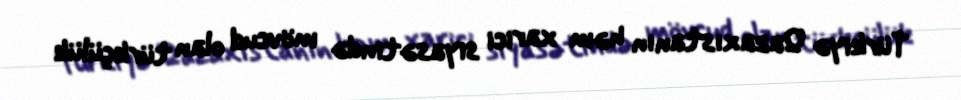
Türkiyə Qazaxıstanın həm xarici siyasətində mövcud olan türkçülük